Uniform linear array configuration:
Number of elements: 32
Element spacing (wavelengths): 0.25
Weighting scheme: cosine
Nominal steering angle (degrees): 0
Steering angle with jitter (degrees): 1.201
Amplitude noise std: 0.05
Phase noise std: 0.05

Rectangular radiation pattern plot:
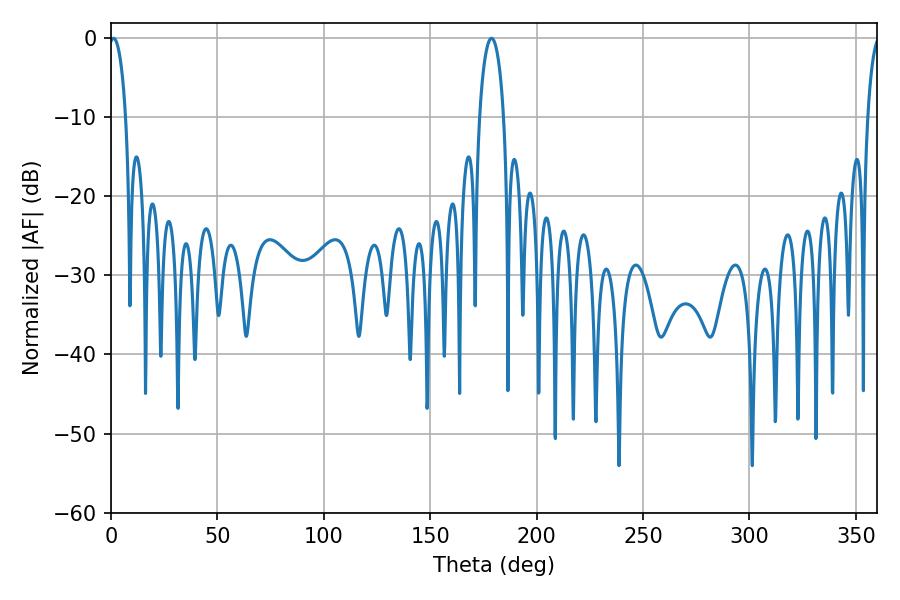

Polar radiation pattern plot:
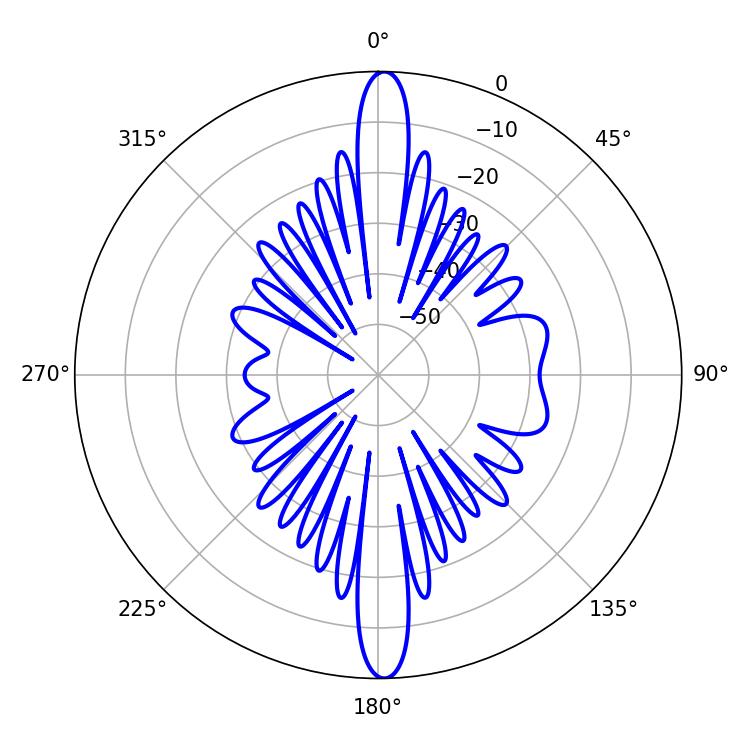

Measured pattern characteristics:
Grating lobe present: FALSE
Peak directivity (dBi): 24.769
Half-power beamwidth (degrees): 4.5
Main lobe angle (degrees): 1.26